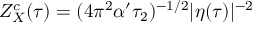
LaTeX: Z _ { X } ^ { c } ( \tau ) = ( 4 \pi ^ { 2 } \alpha ^ { \prime } \tau _ { 2 } ) ^ { - 1 / 2 } | \eta ( \tau ) | ^ { - 2 }